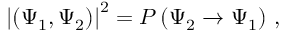
\left| ( \Psi _ { 1 } , \Psi _ { 2 } ) \right| ^ { 2 } = P \left( \Psi _ { 2 } \rightarrow \Psi _ { 1 } \right) \, ,